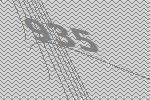
935